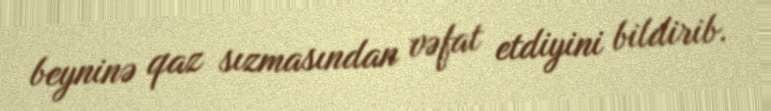
beyninə qaz sızmasından vəfat etdiyini bildirib.